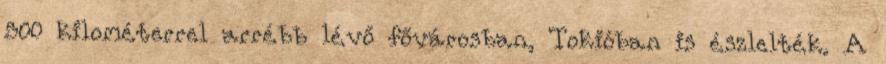
500 kilométerrel arrébb lévő fővárosban, Tokióban is észlelték. A